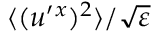
\langle { ( u ^ { \prime } { } ^ { x } ) ^ { 2 } } \rangle / \sqrt { \varepsilon }